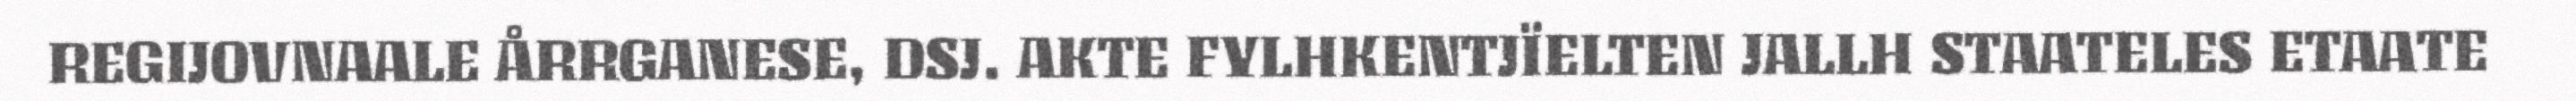
REGIJOVNAALE ÅRRGANESE, DSJ. AKTE FYLHKENTJÏELTEN JALLH STAATELES ETAATE